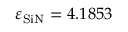
\varepsilon _ { \mathrm { S i N } } = 4 . 1 8 5 3